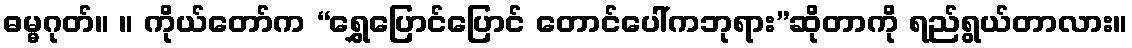
ဓမ္မဂုတ်။ ။ ကိုယ်တော်က “ရွှေပြောင်ပြောင် တောင်ပေါ်ကဘုရား”ဆိုတာကို ရည်ရွယ်တာလား။